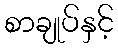
စာချုပ်နှင့်